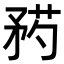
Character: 𥍰